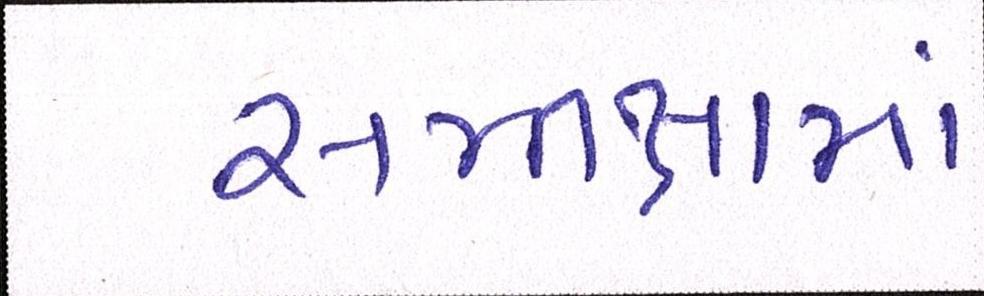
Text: સમીક્ષામાં